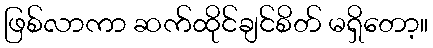
ဖြစ်လာကာ ဆက်ထိုင်ချင်စိတ် မရှိတော့။